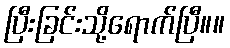
ပြီးခြင်းသို့ရောက်ပြီ။။